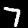
Label: 7